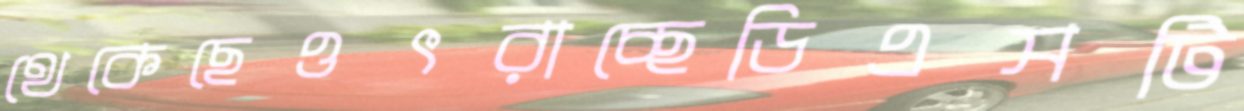
থেকেছেওৎরাচ্ছেডিএসটি